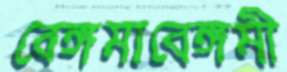
বেঙ্গমাবেঙ্গমী